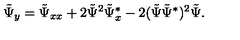
\tilde { \Psi } _ { y } = \tilde { \Psi } _ { x x } + 2 \tilde { \Psi } ^ { 2 } \tilde { \Psi } _ { x } ^ { * } - 2 ( \tilde { \Psi } \tilde { \Psi } ^ { * } ) ^ { 2 } \tilde { \Psi } .